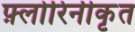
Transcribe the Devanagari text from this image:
फ़्लोरिनीकृत